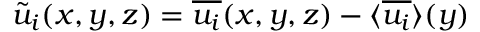
\tilde { u } _ { i } ( x , y , z ) = \overline { { u _ { i } } } ( x , y , z ) - \textlangle \overline { { u _ { i } } } \textrangle ( y )